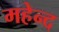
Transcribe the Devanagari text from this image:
महेन्द